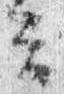
云